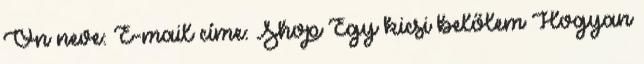
Ön neve: E-mail címe: Shop Egy kicsi belőlem Hogyan